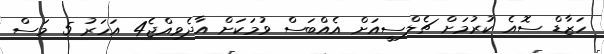
ހަޒާޑް ސޮއެ ކުރުމަށް ޗެލްސީއަށް އެއްބަސް ވުމަކަށް އާދެވިއްޖެ4 އަހަރު 5 މަސް